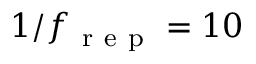
1 / f _ { \mathrm { ~ r ~ e ~ p ~ } } = 1 0